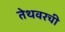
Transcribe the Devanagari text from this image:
तेथवरची